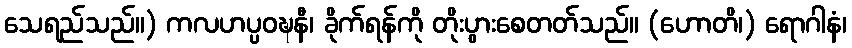
သေရည်သည်။) ကလဟပ္ပဝဍ္ဎနီ၊ ခိုက်ရန်ကို တိုးပွားစေတတ်သည်။ (ဟောတိ၊) ရောဂါနံ၊